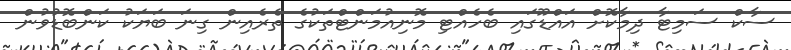
ސާކް ސަމިޓާ ދިމާކޮށް އައްޑޫގައި ބެހެއްޓި މޮނިއުމަންޓްތަކުގެ ތެރެއިން ގިނަ ބަޔަކު ކަންބޮޑުވުން